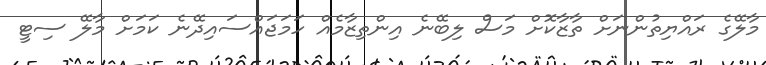
މާލޭގެ ރައްޔިތުންނަށް ތާޒާކޮށް މަސް ލިބޭނެ އިންތިޒާމެއް ހަމަޖައްސައިދޭނެ ކަމަށް މާލޭ ސިޓީ